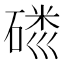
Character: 𱴢